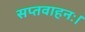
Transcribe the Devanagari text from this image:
सप्तवाहनः।